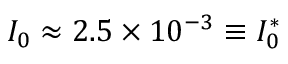
I _ { 0 } \approx 2 . 5 \times 1 0 ^ { - 3 } \equiv I _ { 0 } ^ { * }